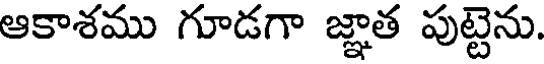
ఆకాశము గూడగా జ్ఞాత పుట్టెను.